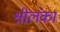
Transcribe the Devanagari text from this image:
श्रीलंंका